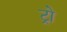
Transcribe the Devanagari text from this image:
ट्रो